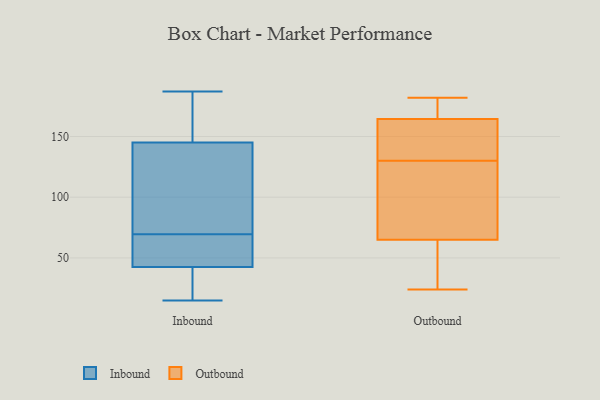
{"axis": {"x": "Operating Costs (USD K)", "y": "Value"}, "legend": ["Inbound", "Outbound"], "data": [{"x": "", "y": 118, "type": "Inbound"}, {"x": "", "y": 56, "type": "Inbound"}, {"x": "", "y": 95, "type": "Inbound"}, {"x": "", "y": 80, "type": "Inbound"}, {"x": "", "y": 38, "type": "Inbound"}, {"x": "", "y": 21, "type": "Inbound"}, {"x": "", "y": 172, "type": "Inbound"}, {"x": "", "y": 15, "type": "Inbound"}, {"x": "", "y": 182, "type": "Inbound"}, {"x": "", "y": 59, "type": "Inbound"}, {"x": "", "y": 187, "type": "Inbound"}, {"x": "", "y": 47, "type": "Inbound"}, {"x": "", "y": 155, "type": "Outbound"}, {"x": "", "y": 176, "type": "Outbound"}, {"x": "", "y": 42, "type": "Outbound"}, {"x": "", "y": 163, "type": "Outbound"}, {"x": "", "y": 143, "type": "Outbound"}, {"x": "", "y": 178, "type": "Outbound"}, {"x": "", "y": 140, "type": "Outbound"}, {"x": "", "y": 79, "type": "Outbound"}, {"x": "", "y": 87, "type": "Outbound"}, {"x": "", "y": 130, "type": "Outbound"}, {"x": "", "y": 39, "type": "Outbound"}, {"x": "", "y": 182, "type": "Outbound"}, {"x": "", "y": 24, "type": "Outbound"}, {"x": "", "y": 59, "type": "Outbound"}, {"x": "", "y": 98, "type": "Outbound"}, {"x": "", "y": 169, "type": "Outbound"}, {"x": "", "y": 67, "type": "Outbound"}]}